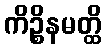
ကိဉ္စိနမတ္ထိ